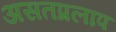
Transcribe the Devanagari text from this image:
असतप्रलाप